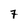
Character: 7